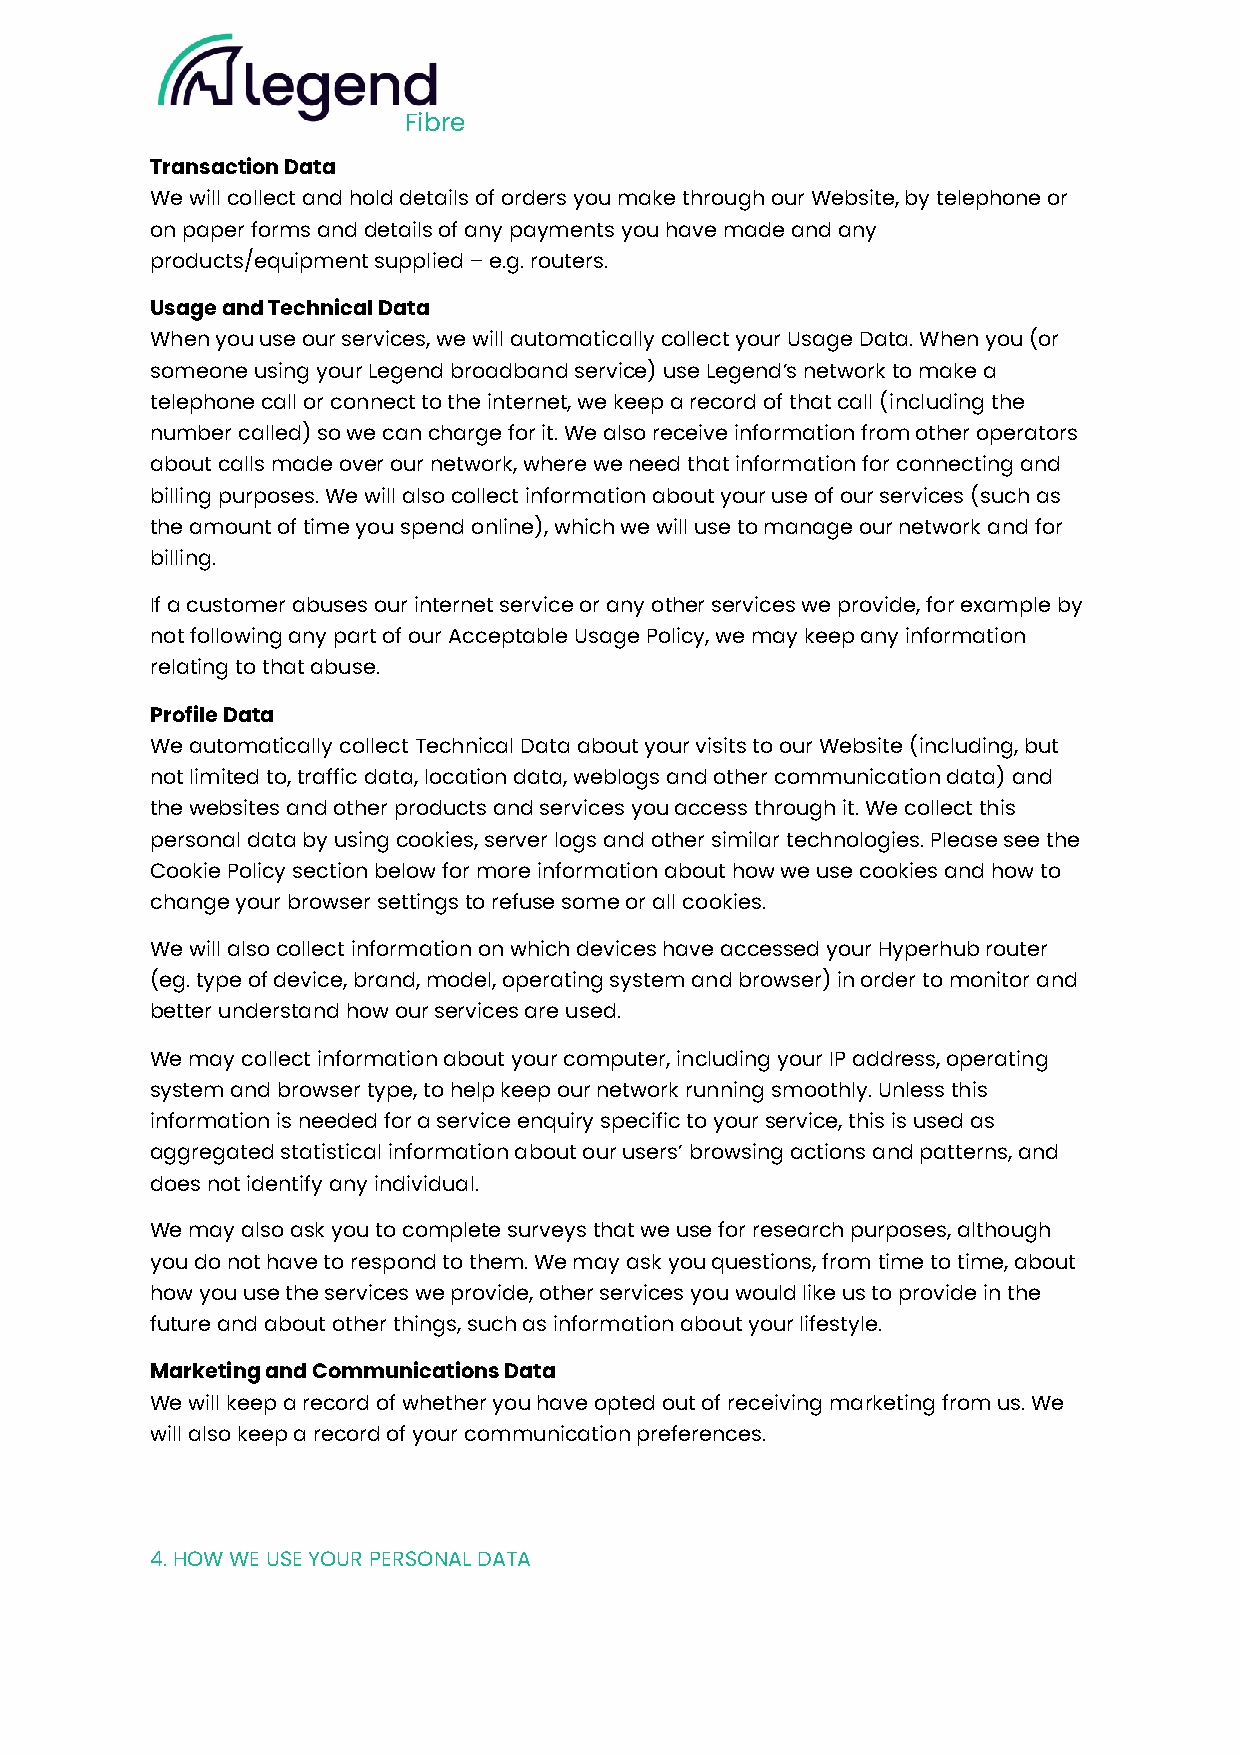
Fibre
 Transaction Data
 We will collect and hold details of orders you make through our Website, by telephone or
 on paper forms and details of any payments you have made and any
 products/equipment supplied – e.g. routers.
 Usage and Technical Data
 When you use our services, we will automatically collect your Usage Data. When you (or
 someone using your Legend broadband service) use Legend’s network to make a
 telephone call or connect to the internet, we keep a record of that call (including the
 number called) so we can charge for it. We also receive information from other operators
 about calls made over our network, where we need that information for connecting and
 billing purposes. We will also collect information about your use of our services (such as
 the amount of time you spend online), which we will use to manage our network and for
 billing.
 If a customer abuses our internet service or any other services we provide, for example by
 not following any part of our Acceptable Usage Policy, we may keep any information
 relating to that abuse.
 Profile Data
 We automatically collect Technical Data about your visits to our Website (including, but
 not limited to, traffic data, location data, weblogs and other communication data) and
 the websites and other products and services you access through it. We collect this
 personal data by using cookies, server logs and other similar technologies. Please see the
 Cookie Policy section below for more information about how we use cookies and how to
 change your browser settings to refuse some or all cookies.
 We will also collect information on which devices have accessed your Hyperhub router
 (eg. type of device, brand, model, operating system and browser) in order to monitor and
 better understand how our services are used.
 We may collect information about your computer, including your IP address, operating
 system and browser type, to help keep our network running smoothly. Unless this
 information is needed for a service enquiry specific to your service, this is used as
 aggregated statistical information about our users’ browsing actions and patterns, and
 does not identify any individual.
 We may also ask you to complete surveys that we use for research purposes, although
 you do not have to respond to them. We may ask you questions, from time to time, about
 how you use the services we provide, other services you would like us to provide in the
 future and about other things, such as information about your lifestyle.
 Marketing and Communications Data
 We will keep a record of whether you have opted out of receiving marketing from us. We
 will also keep a record of your communication preferences.
 4. HOW WE USE YOUR PERSONAL DATA